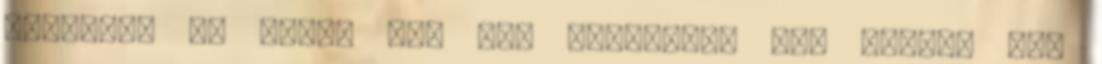
rendelek is mellé még egy korsóval. Nem vagyok egy